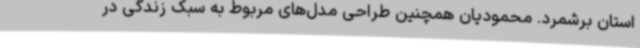
استان برشمرد. محمودیان همچنین طراحی مدل‌های مربوط به سبک زندگی در